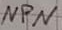
Text: NPN